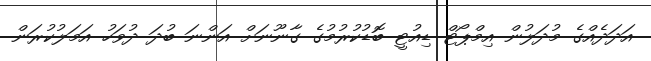
އަދަދެއްގެ މުދަލުން އިމްޕޯޓް ޑިއުޓީ ބޮޑުކުރުމުގެ ގާނޫނަށް އަންނަ ބުދަ ދުވަހު އަމަލުކުރަން